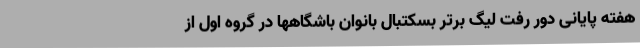
هفته پایانی دور رفت لیگ برتر بسکتبال بانوان باشگاهها در گروه اول از